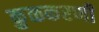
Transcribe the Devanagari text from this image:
कुळकरणी